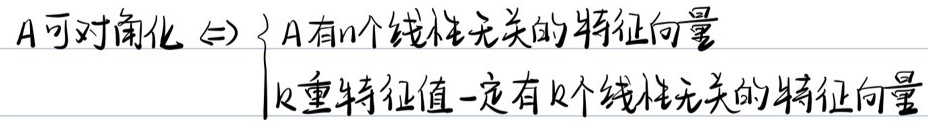
\(A\)可对角化\(\Leftrightarrow\begin{cases}A\text{有}n\text{个线性无关的特征向量}\\k\text{重特征值一定有}k\text{个线性无关的特征向量}\end{cases}\)